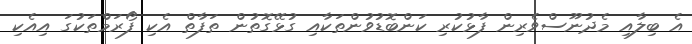
އެ ބިލާއި މެދުނޫސްވެރިން ފާޅުކުރި ކަންބޮޑުވުންތަކާއި ގުޅޭގޮތުން ތަފާތް އެކި ފޯރަމްތަކުގަ އިއެކި